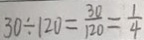
3 0 \div 1 2 0 = \frac { 3 0 } { 1 2 0 } = \frac { 1 } { 4 }